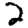
Digit: 2